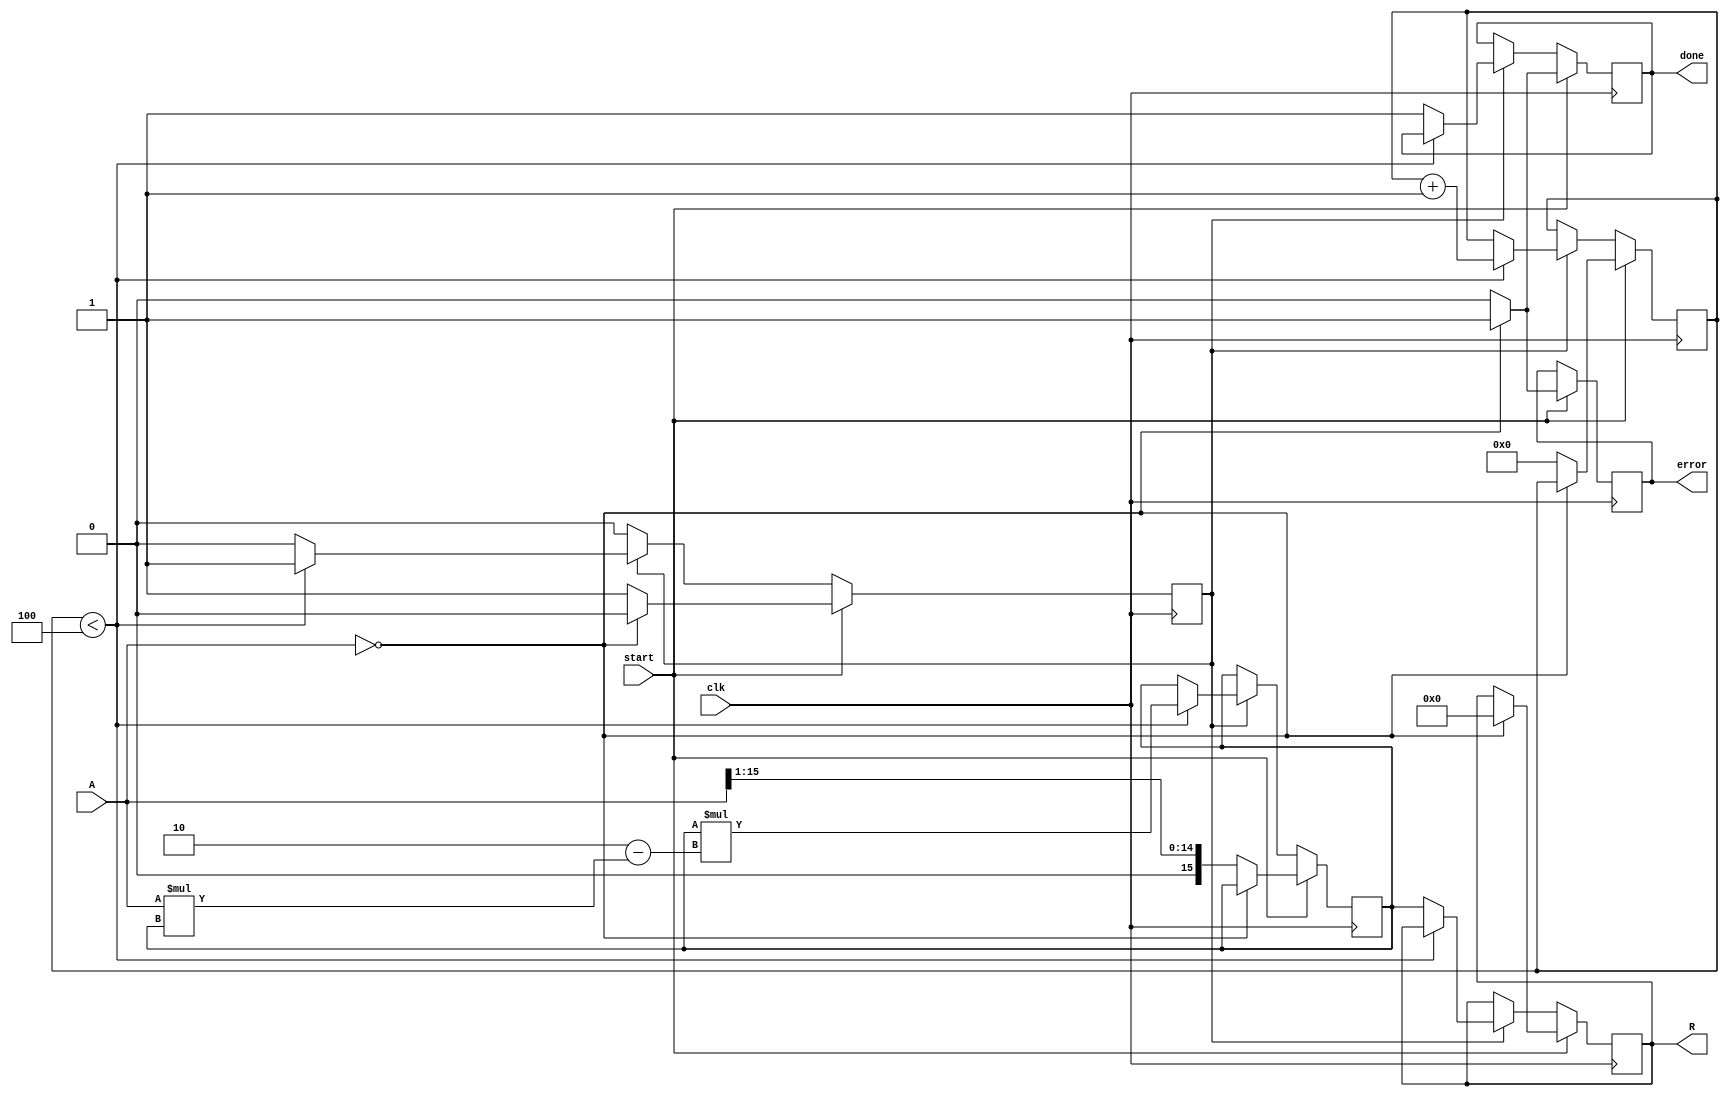
module BinaryFractionalReciprocal #(parameter BIT_WIDTH = 16, 
                                     parameter ITERATIONS = 4)
(
    input  wire [BIT_WIDTH-1:0] A,        // Input Data (binary fractional)
    input  wire clk,                       // Clock signal
    input  wire start,                     // Start signal
    output reg  [BIT_WIDTH-1:0] R,        // Output Data (reciprocal)
    output reg  done,                      // Done signal
    output reg  error                      // Error signal
);
    reg [BIT_WIDTH-1:0] x;                 // Current estimate of reciprocal
    reg [3:0] iteration;                    // Iteration counter
    reg running;                            // State of the process

    // It is assumed that A is in the range (0, 1). 
    // Check for zero input and set error flag
    always @(posedge clk) begin
        if (start) begin
            if (A == 0) begin
                R <= 0; // Return 0 or a predefined max value
                error <= 1; // Signal an error for division by zero
                done <= 1;
                running <= 0;
            end else begin
                // Initialize for the Newton-Raphson method
                x <= {1'b0, A[BIT_WIDTH-1:1]} ; // Initial estimate = 0.5
                iteration <= 0;
                done <= 0;
                error <= 0;
                running <= 1;
            end
        end else if (running) begin
            if (iteration < ITERATIONS) begin
                x <= x * (2 - A * x); // Newton-Raphson formula
                iteration <= iteration + 1;
            end else begin
                R <= x;                // Final approximation
                done <= 1;            // Set done signal
                running <= 0;         // Clear running state
            end
        end
    end
endmodule